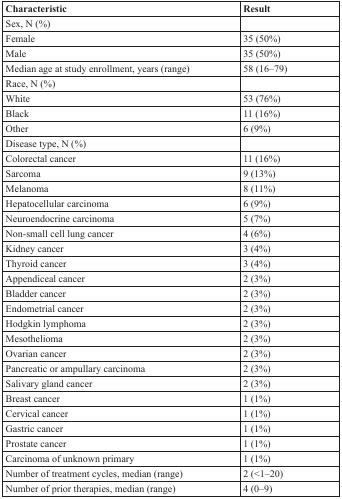
| Characteristic | Result |
 | --- | --- |
 | Sex, N (%) |  |
 | Female | 35 (50%) |
 | Male | 35 (50%) |
 | Median age at study enrollment, years (range) | 58 (16–79) |
 | Race, N (%) |  |
 | White | 53 (76%) |
 | Black | 11 (16%) |
 | Other | 6 (9%) |
 | Disease type, N (%) |  |
 | Colorectal cancer | 11 (16%) |
 | Sarcoma | 9 (13%) |
 | Melanoma | 8 (11%) |
 | Hepatocellular carcinoma | 6 (9%) |
 | Neuroendocrine carcinoma | 5 (7%) |
 | Non-small cell lung cancer | 4 (6%) |
 | Kidney cancer | 3 (4%) |
 | Thyroid cancer | 3 (4%) |
 | Appendiceal cancer | 2 (3%) |
 | Bladder cancer | 2 (3%) |
 | Endometrial cancer | 2 (3%) |
 | Hodgkin lymphoma | 2 (3%) |
 | Mesothelioma | 2 (3%) |
 | Ovarian cancer | 2 (3%) |
 | Pancreatic or ampullary carcinoma | 2 (3%) |
 | Salivary gland cancer | 2 (3%) |
 | Breast cancer | 1 (1%) |
 | Cervical cancer | 1 (1%) |
 | Gastric cancer | 1 (1%) |
 | Prostate cancer | 1 (1%) |
 | Carcinoma of unknown primary | 1 (1%) |
 | Number of treatment cycles, median (range) | 2 (<1–20) |
 | Number of prior therapies, median (range) | 4 (0–9) |